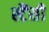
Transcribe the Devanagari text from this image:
स्टैंसी